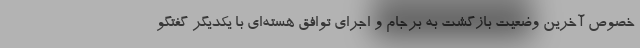
خصوص آخرین وضعیت بازگشت به برجام و اجرای توافق هسته‌ای با یکدیگر گفتگو